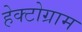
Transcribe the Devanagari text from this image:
हेक्टोग्राम